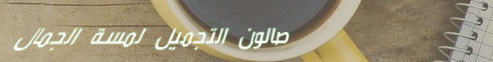
صالون التجميل لمسة الجمال